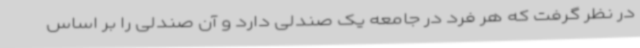
در نظر گرفت که هر فرد در جامعه یک صندلی دارد و آن صندلی را بر اساس